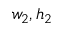
w _ { 2 } , h _ { 2 }